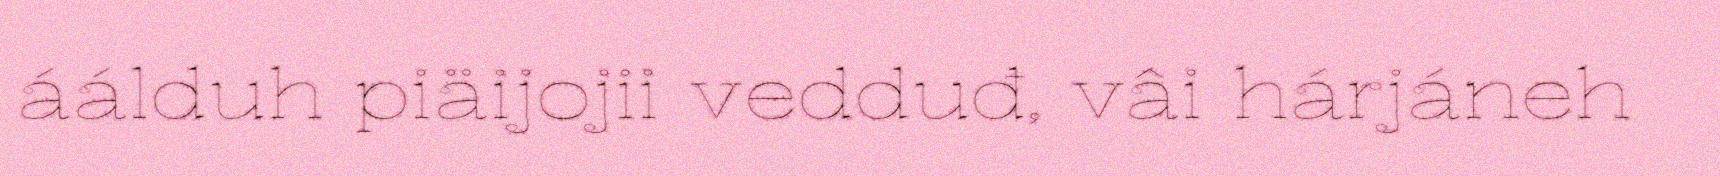
áálduh piäijojii vedduđ, vâi hárjáneh